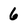
Character: 6